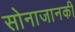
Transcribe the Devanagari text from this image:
सोनाजानकी